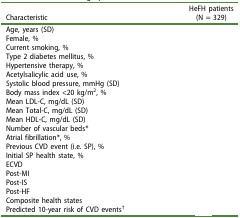
<table><thead><tr><td><b>Characteristic</b></td><td><b>HeFH patients(N = 329)</b></td></tr></thead><tbody><tr><td>Age, years (SD)</td><td>[EMPTY_CELL]</td></tr><tr><td>Female, %</td><td>[EMPTY_CELL]</td></tr><tr><td>Current smoking, %</td><td>[EMPTY_CELL]</td></tr><tr><td>Type 2 diabetes mellitus, %</td><td>[EMPTY_CELL]</td></tr><tr><td>Hypertensive therapy, %</td><td>[EMPTY_CELL]</td></tr><tr><td>Acetylsalicylic acid use, %</td><td>[EMPTY_CELL]</td></tr><tr><td>Systolic blood pressure, mmHg (SD)</td><td>[EMPTY_CELL]</td></tr><tr><td>Body mass index &lt;20 kg/m<sup>2</sup>, %</td><td>[EMPTY_CELL]</td></tr><tr><td>Mean LDL-C, mg/dL (SD)</td><td>[EMPTY_CELL]</td></tr><tr><td>Mean Total-C, mg/dL (SD)</td><td>[EMPTY_CELL]</td></tr><tr><td>Mean HDL-C, mg/dL (SD)</td><td>[EMPTY_CELL]</td></tr><tr><td>Number of vascular beds*</td><td>[EMPTY_CELL]</td></tr><tr><td>Atrial fibrillation*, %</td><td>[EMPTY_CELL]</td></tr><tr><td>Previous CVD event (i.e. SP), %</td><td>[EMPTY_CELL]</td></tr><tr><td>Initial SP health state, %</td><td>[EMPTY_CELL]</td></tr><tr><td>ECVD</td><td>[EMPTY_CELL]</td></tr><tr><td>Post-MI</td><td>[EMPTY_CELL]</td></tr><tr><td>Post-IS</td><td>[EMPTY_CELL]</td></tr><tr><td>Post-HF</td><td>[EMPTY_CELL]</td></tr><tr><td>Composite health states</td><td>[EMPTY_CELL]</td></tr><tr><td>Predicted 10-year risk of CVD events<sup>†</sup></td><td>[EMPTY_CELL]</td></tr></tbody></table>